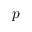
p